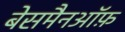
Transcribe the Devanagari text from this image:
बेसमैनऑफ़